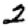
Digit: 2